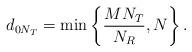
LaTeX: \begin{align*}d_{0N_T}=\min\left\{\frac{MN_T}{N_R},N\right\}.\end{align*}